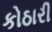
કોઠારી